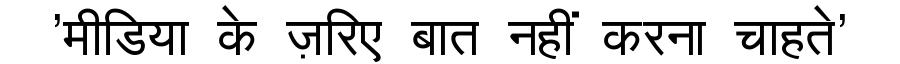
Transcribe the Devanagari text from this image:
'मीडिया के ज़रिए बात नहीं करना चाहते'